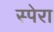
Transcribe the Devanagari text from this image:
स्पेरा